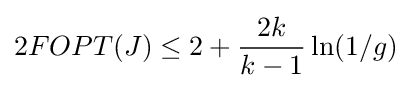
2FOPT(J)\leq 2+{\frac {2k}{k-1}}\ln(1/g)